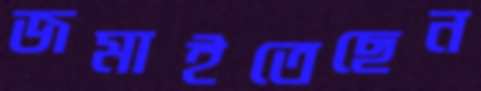
জমাইতেছেন